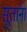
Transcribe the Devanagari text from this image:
सूतांना